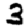
Digit: 3